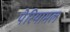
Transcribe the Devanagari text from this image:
पेरियामल